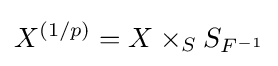
X^{(1/p)}=X\times _{S}S_{F^{-1}}